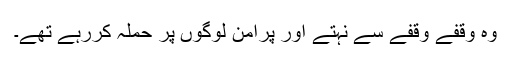
وہ وقفے وقفے سے نہتے اور پرامن لوگوں پر حملہ کررہے تھے۔